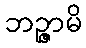
ဘဉ္ဇာမိ